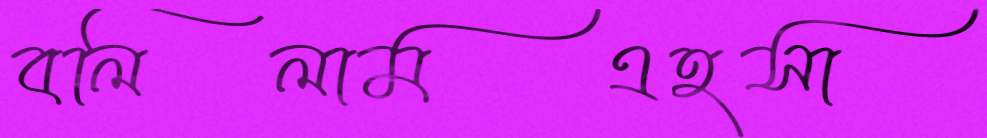
বলিলামএহসা